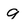
Character: 9